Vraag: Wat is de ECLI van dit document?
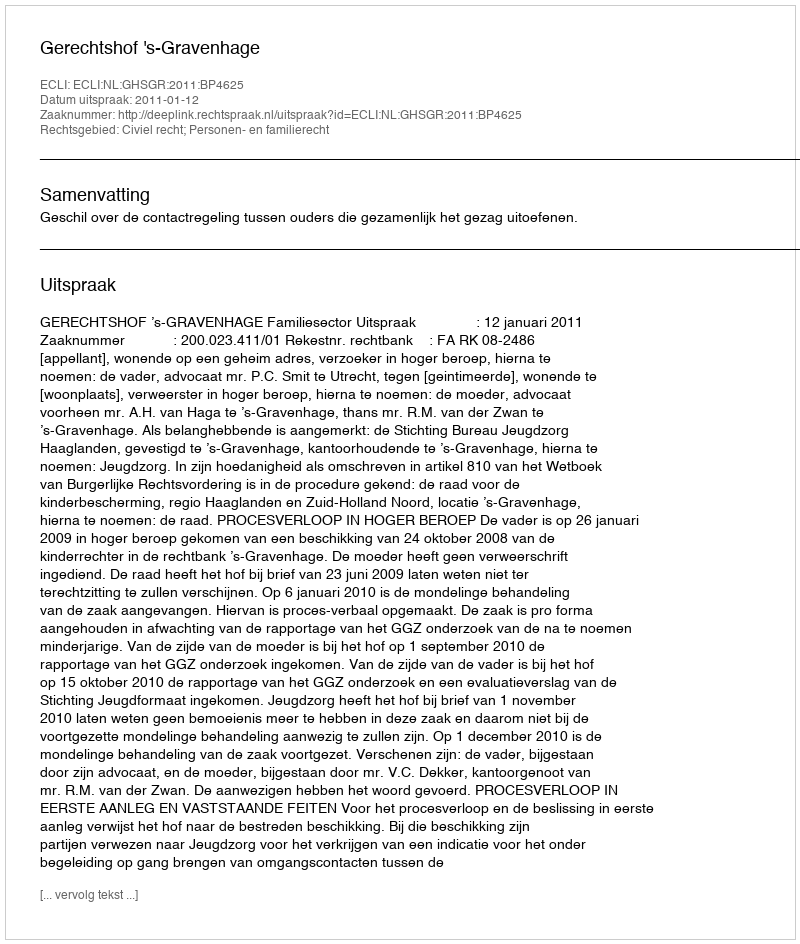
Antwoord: ECLI:NL:GHSGR:2011:BP4625